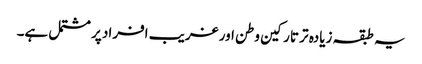
یہ طبقہ زیادہ تر تارکین وطن اور غریب افراد پر مشتمل ہے۔